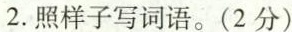
2.照样子写词语。(2分)